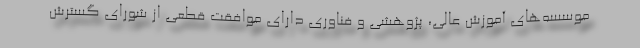
موسسه‌های آموزش عالی، پژوهشی و فناوری دارای موافقت قطعی از شورای گسترش